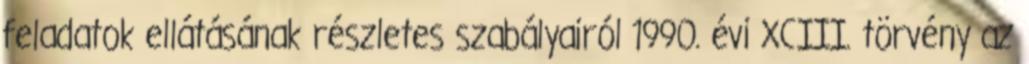
feladatok ellátásának részletes szabályairól 1990. évi XCIII. törvény az